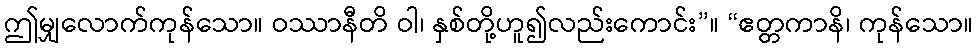
ဤမျှလောက်ကုန်သော။ ဝဿာနီတိ ဝါ၊ နှစ်တို့ဟူ၍လည်းကောင်း”။ “ဧတ္တကာနိ၊ ကုန်သော။